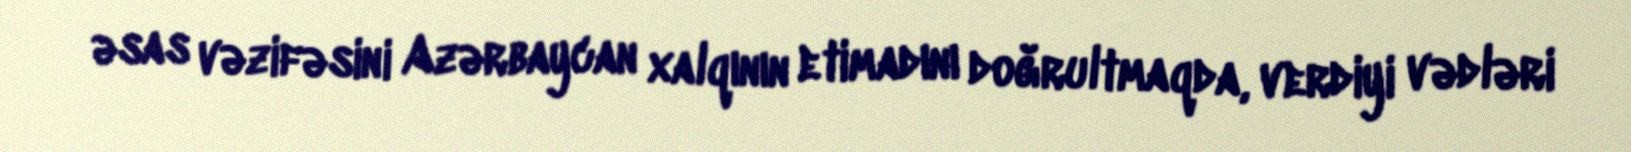
əsas vəzifəsini Azərbaycan xalqının etimadını doğrultmaqda, verdiyi vədləri